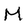
Character: M